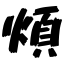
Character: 煩